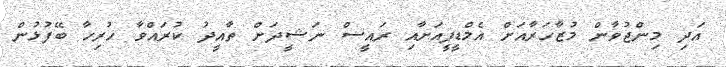
އަދި މިންޖުވާން މުޒާހަރާއަށް އެމްޑީޕީއަށާއި ރައީސް ނަޝީދަށް ތާއީދު ކުރައްވާ ހުރިހާ ބޭފުޅުން